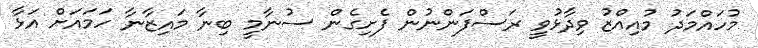
މުހައްމަދު މުއިއްޒު ވިދާޅުވީ ރަސްފަންނުން ފެށިގެން ސުނާމީ ބިނާ މައިޒާނާ ހަމައަށް އަޅާ